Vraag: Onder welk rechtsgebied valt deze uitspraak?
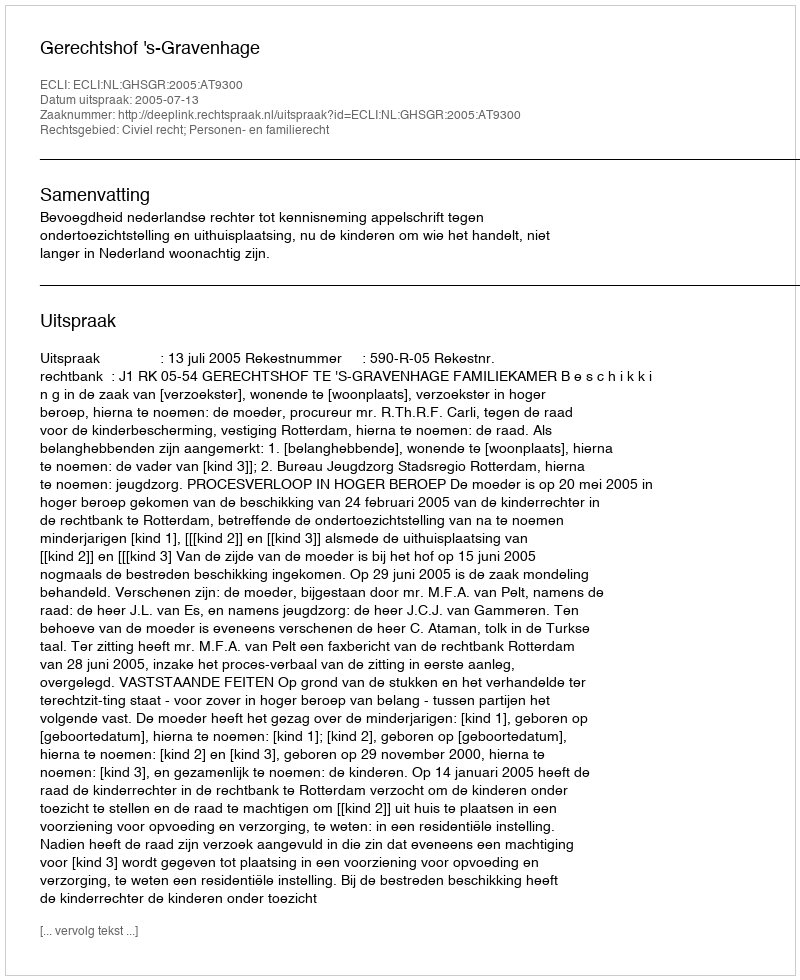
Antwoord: Civiel recht; Personen- en familierecht